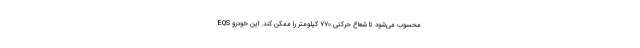
EQS محسوب می‌شود تا شعاع حرکتی ۷۷۰ کیلومتر را ممکن کند. این خودرو